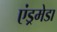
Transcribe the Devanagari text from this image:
एंड्रमेडा